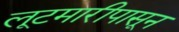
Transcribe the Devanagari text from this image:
लूटमारीपासून